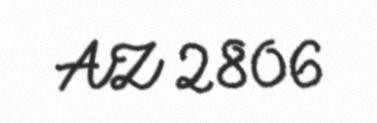
AZ 2806